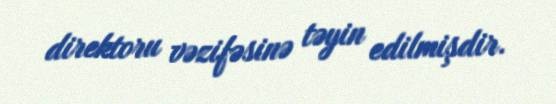
direktoru vəzifəsinə təyin edilmişdir.